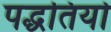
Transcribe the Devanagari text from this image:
पद्धतियोँ